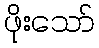
ဖိုးသော်